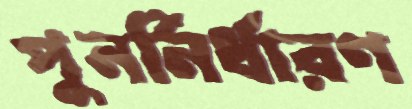
পুনর্নির্ধারণ